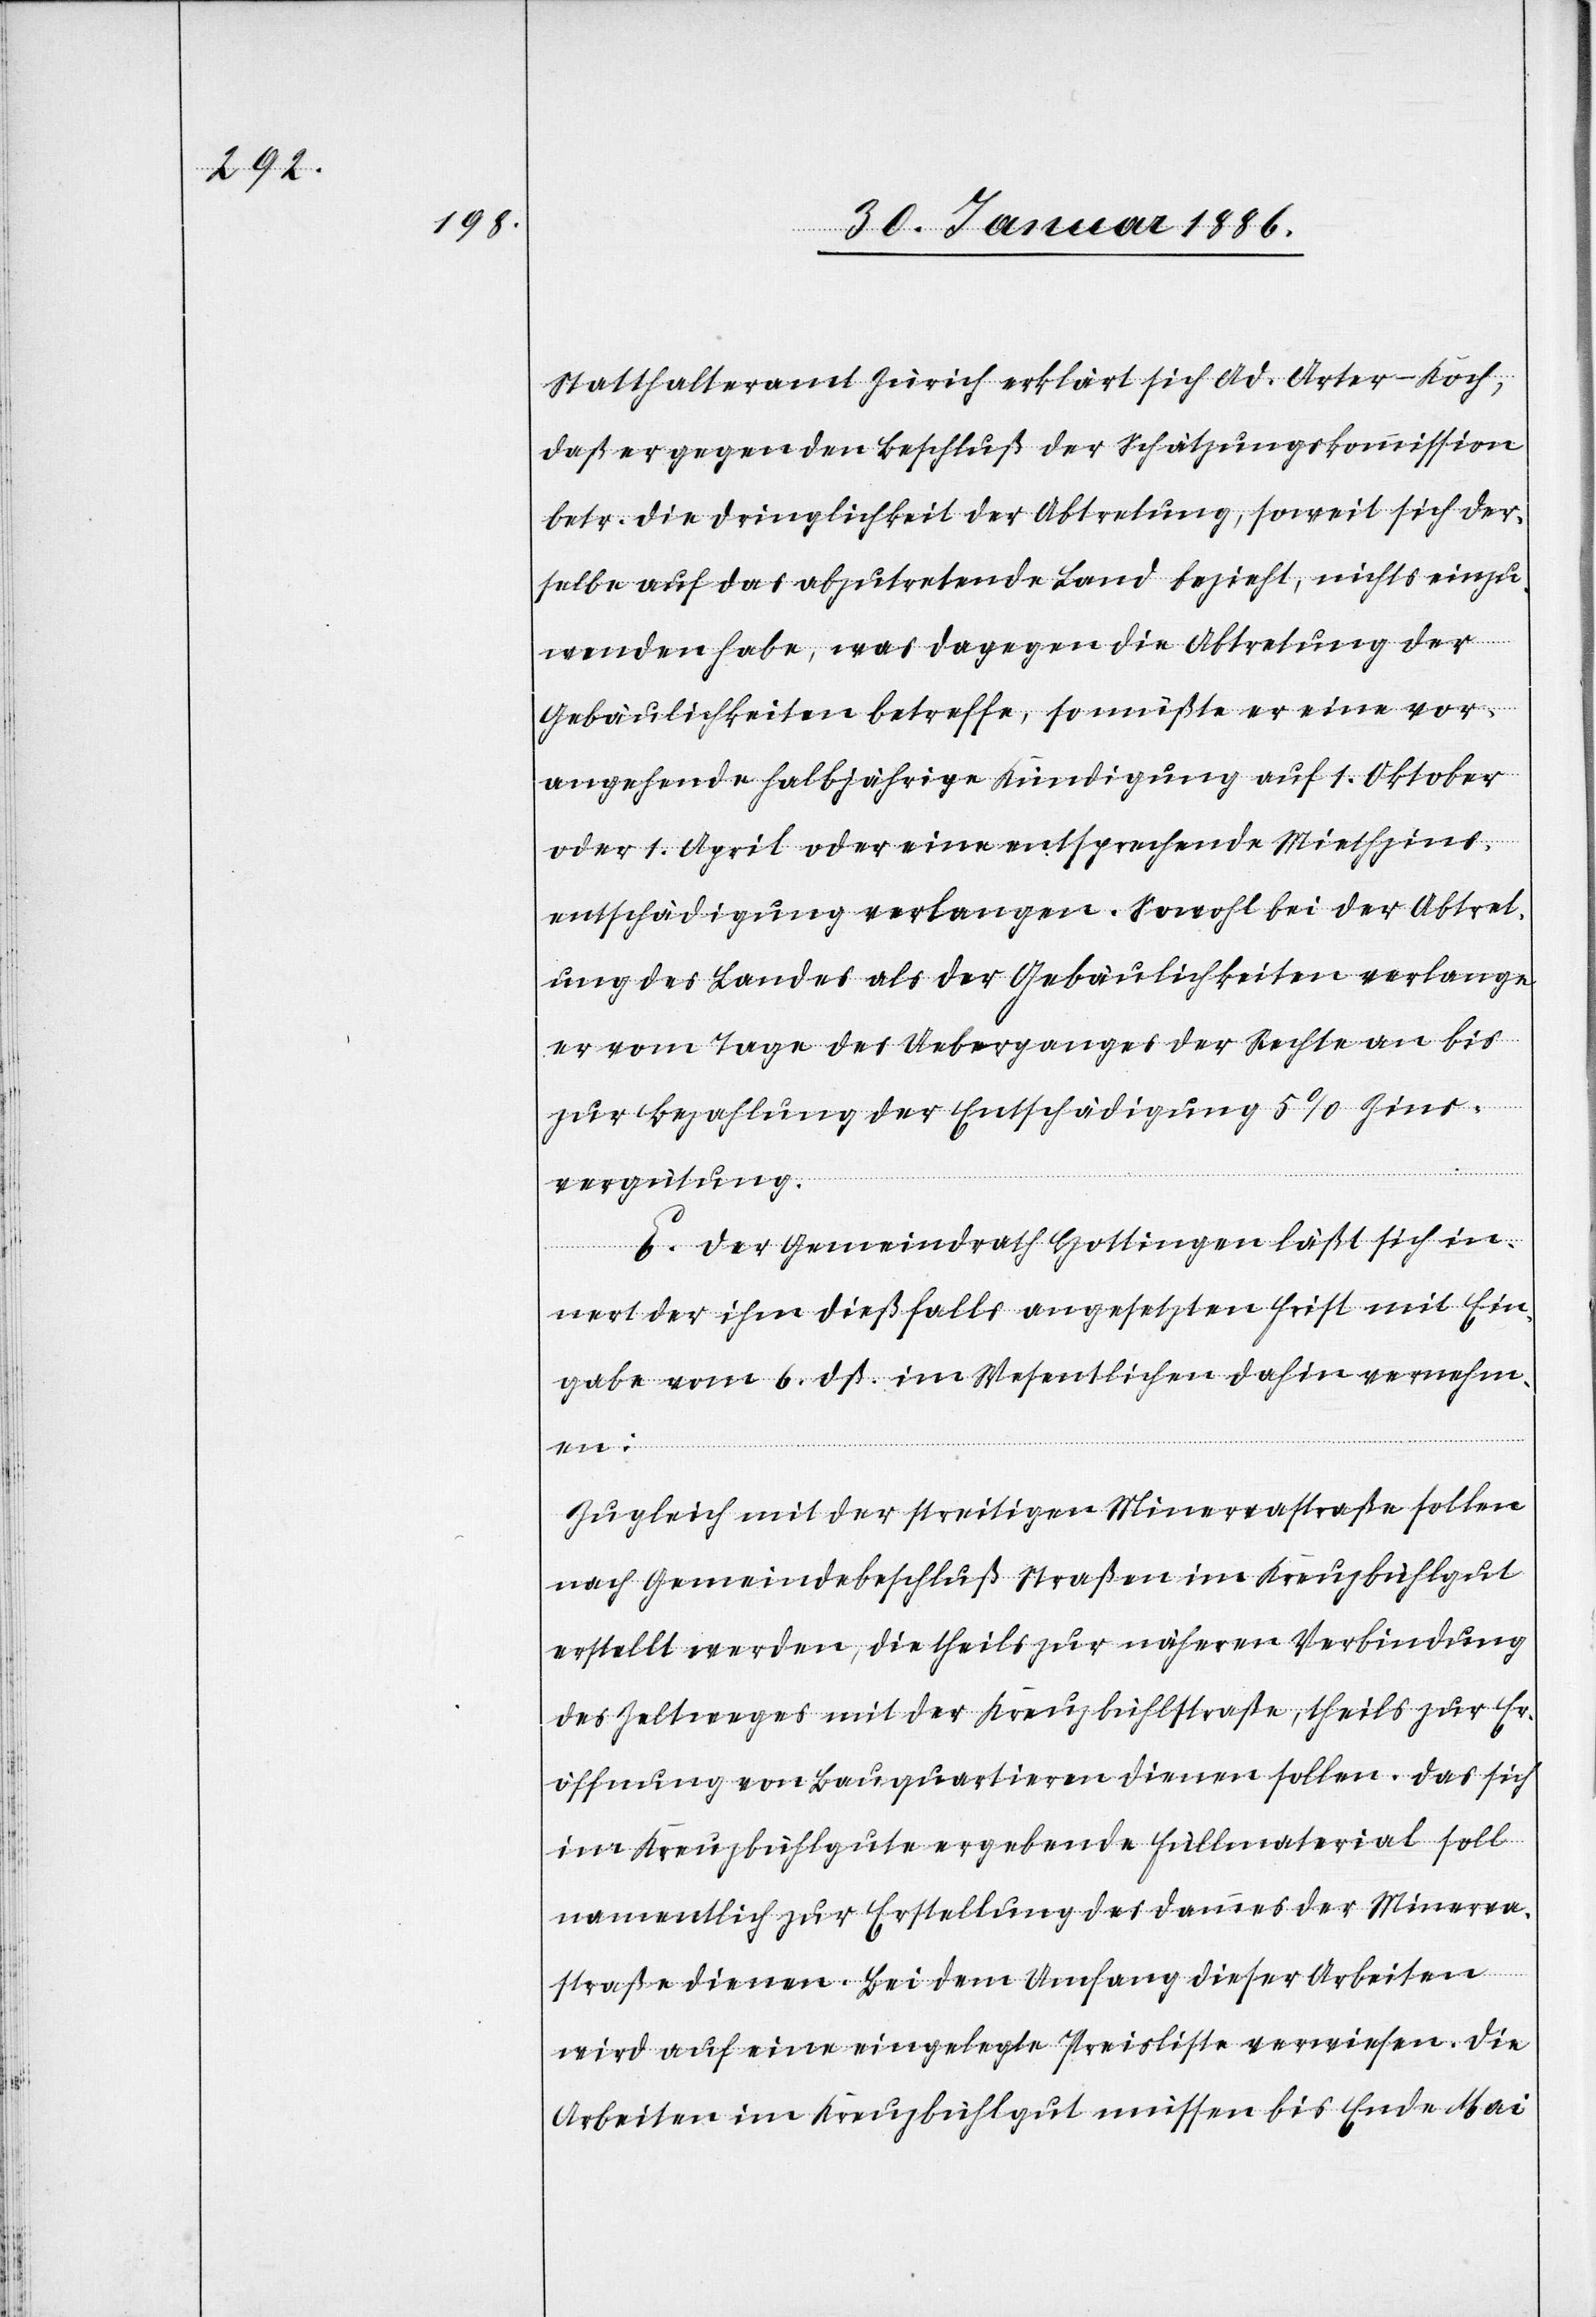
Statthalteramt Zürich erklärt sich Ad. Arter-Koch,
daß er gegen den Beschluß der Schätzungkommission
betr. die Dringlichkeit der Abtretung, soweit sich der¬
selbe auf das abzutretende Land bezieht, nichts einzu¬
wenden habe, was dagegen die Abtretung der
Gebäulichkeiten betreffe, so müßte er eine vor¬
angehende halbjährige Kündigung auf 1. Oktober
oder 1. April oder eine entsprechende Miethzins¬
entschädigung verlangen. Sowohl bei der Abtret¬
ung des Landes als der Gebäulichkeiten verlange
er vom Tage des Ueberganges der Rechte an bis
zur Bezahlung der Entschädigung 5% Zins¬
vergütung.
E. Der Gemeindrath Hottingen läßt sich in¬
nert der ihm dießfalls angesetzten Frist mit Ein¬
gabe vom 6. dß. im Wesentlichen dahin vernehm¬
en:
Zugleich mit der streitigen Minervastraße sollen
nach Gemeindebeschluß Straßen im Kreuzbühlgut
erstellt werden, die theils zur nähern Verbindung
des Zeltweges mit der Kreuzbühlstraße, theils zur Er¬
öffnung von Bauquartieren dienen sollen. Das sich
im Kreuzbühlgute ergebende Füllmaterial soll
namentlich zur Erstellung des Dammes der Minerva¬
straße dienen. Bei dem Umfang dieser Arbeiten
wird auf eine eingelegte Preisliste verwiesen. Die
Arbeiten im Kreuzbühlgut müssen bis Ende Mai